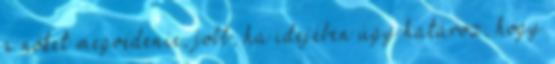
a nőket megvédenie, jobb, ha idejében úgy határoz, hogy